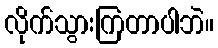
လိုက်သွားကြတာပါဘဲ။